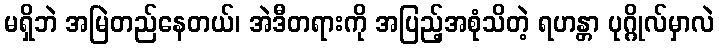
မရှိဘဲ အမြဲတည်နေတယ်၊ အဲဒီတရားကို အပြည့်အစုံသိတဲ့ ရဟန္တာ ပုဂ္ဂိုလ်မှာလဲ